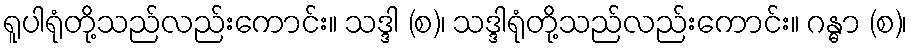
ရူပါရုံတို့သည်လည်းကောင်း။ သဒ္ဒါ (စ)၊ သဒ္ဒါရုံတို့သည်လည်းကောင်း။ ဂန္ဓာ (စ)၊